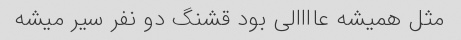
مثل همیشه عاااالی بود قشنگ دو نفر سیر میشه